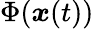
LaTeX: \Phi({\boldsymbol x}(t))